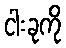
ငါးခုကို